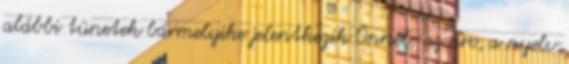
alábbi tünetek bármelyike jelentkezik Önnél: az arc, a nyelv